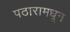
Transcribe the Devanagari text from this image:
पठारामधून